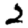
Digit: 2